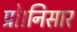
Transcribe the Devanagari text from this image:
प्रो।निसार